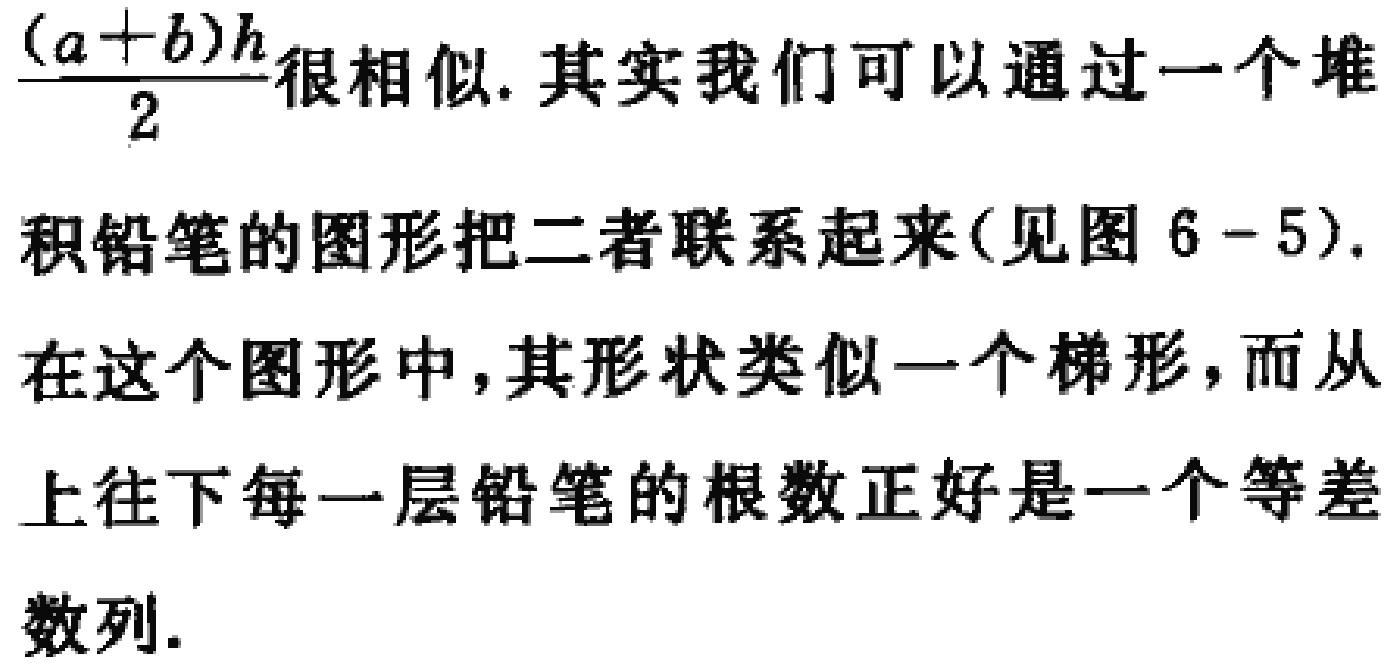
$\frac{(a + b)h}{2}$很相似. 其实我们可以通过一个堆
积铅笔的图形把二者联系起来(见图 6 - 5).
在这个图形中, 其形状类似一个梯形, 而从
上往下每一层铅笔的根数正好是一个等差
数列.